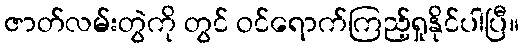
ဇာတ်လမ်းတွဲကို တွင် ဝင်ရောက်ကြည့်ရှုနိုင်ပါပြီ။